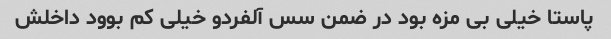
پاستا خیلی بی مزه بود در ضمن سس آلفردو خیلی کم بوود داخلش